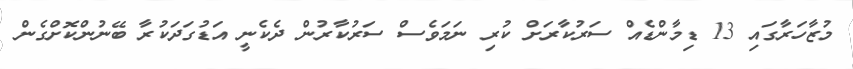
މުޒާހަރާގައި 13 ޑިމާންޑެއް ސަރުކާރަށް ކުރި ނަމަވެސް ސަރުކާރުން ދެކެނީ އަޑުގަދަކުރާ ބޭނުންކޮށްގެން